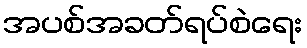
အပစ်အခတ်ရပ်စဲရေး